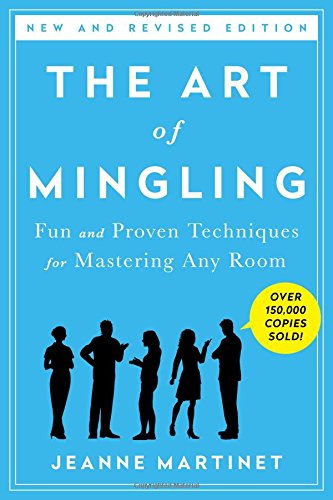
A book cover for The Art of Mingling: Fun and Proven Techniques for Mastering Any Room; Jeanne Martinet; Self-Help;